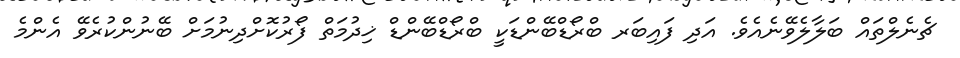
ޗެނެލްތައް ބަލާލެވޭނެއެވެ. އަދި ފައިބަރ ބްރޯޑްބޭންޑަކީ ބްރޯޑްބޭންޑް ޚިދުމަތް ފޯރުކޮށްދިނުމަށް ބޭނުންކުރެވޭ އެންމެ